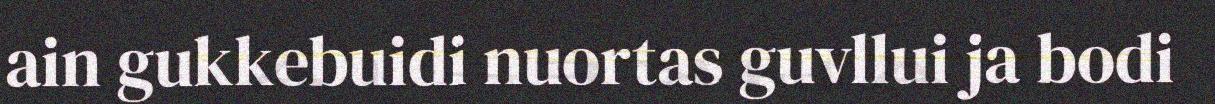
ain gukkebuidi nuortas guvllui ja bodi